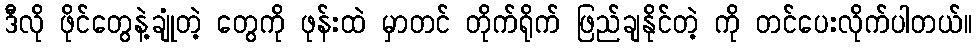
ဒီလို ဖိုင်တွေနဲ့ချုံတဲ့ တွေကို ဖုန်းထဲ မှာတင် တိုက်ရိုက် ဖြည်ချနိုင်တဲ့ ကို တင်ပေးလိုက်ပါတယ်။